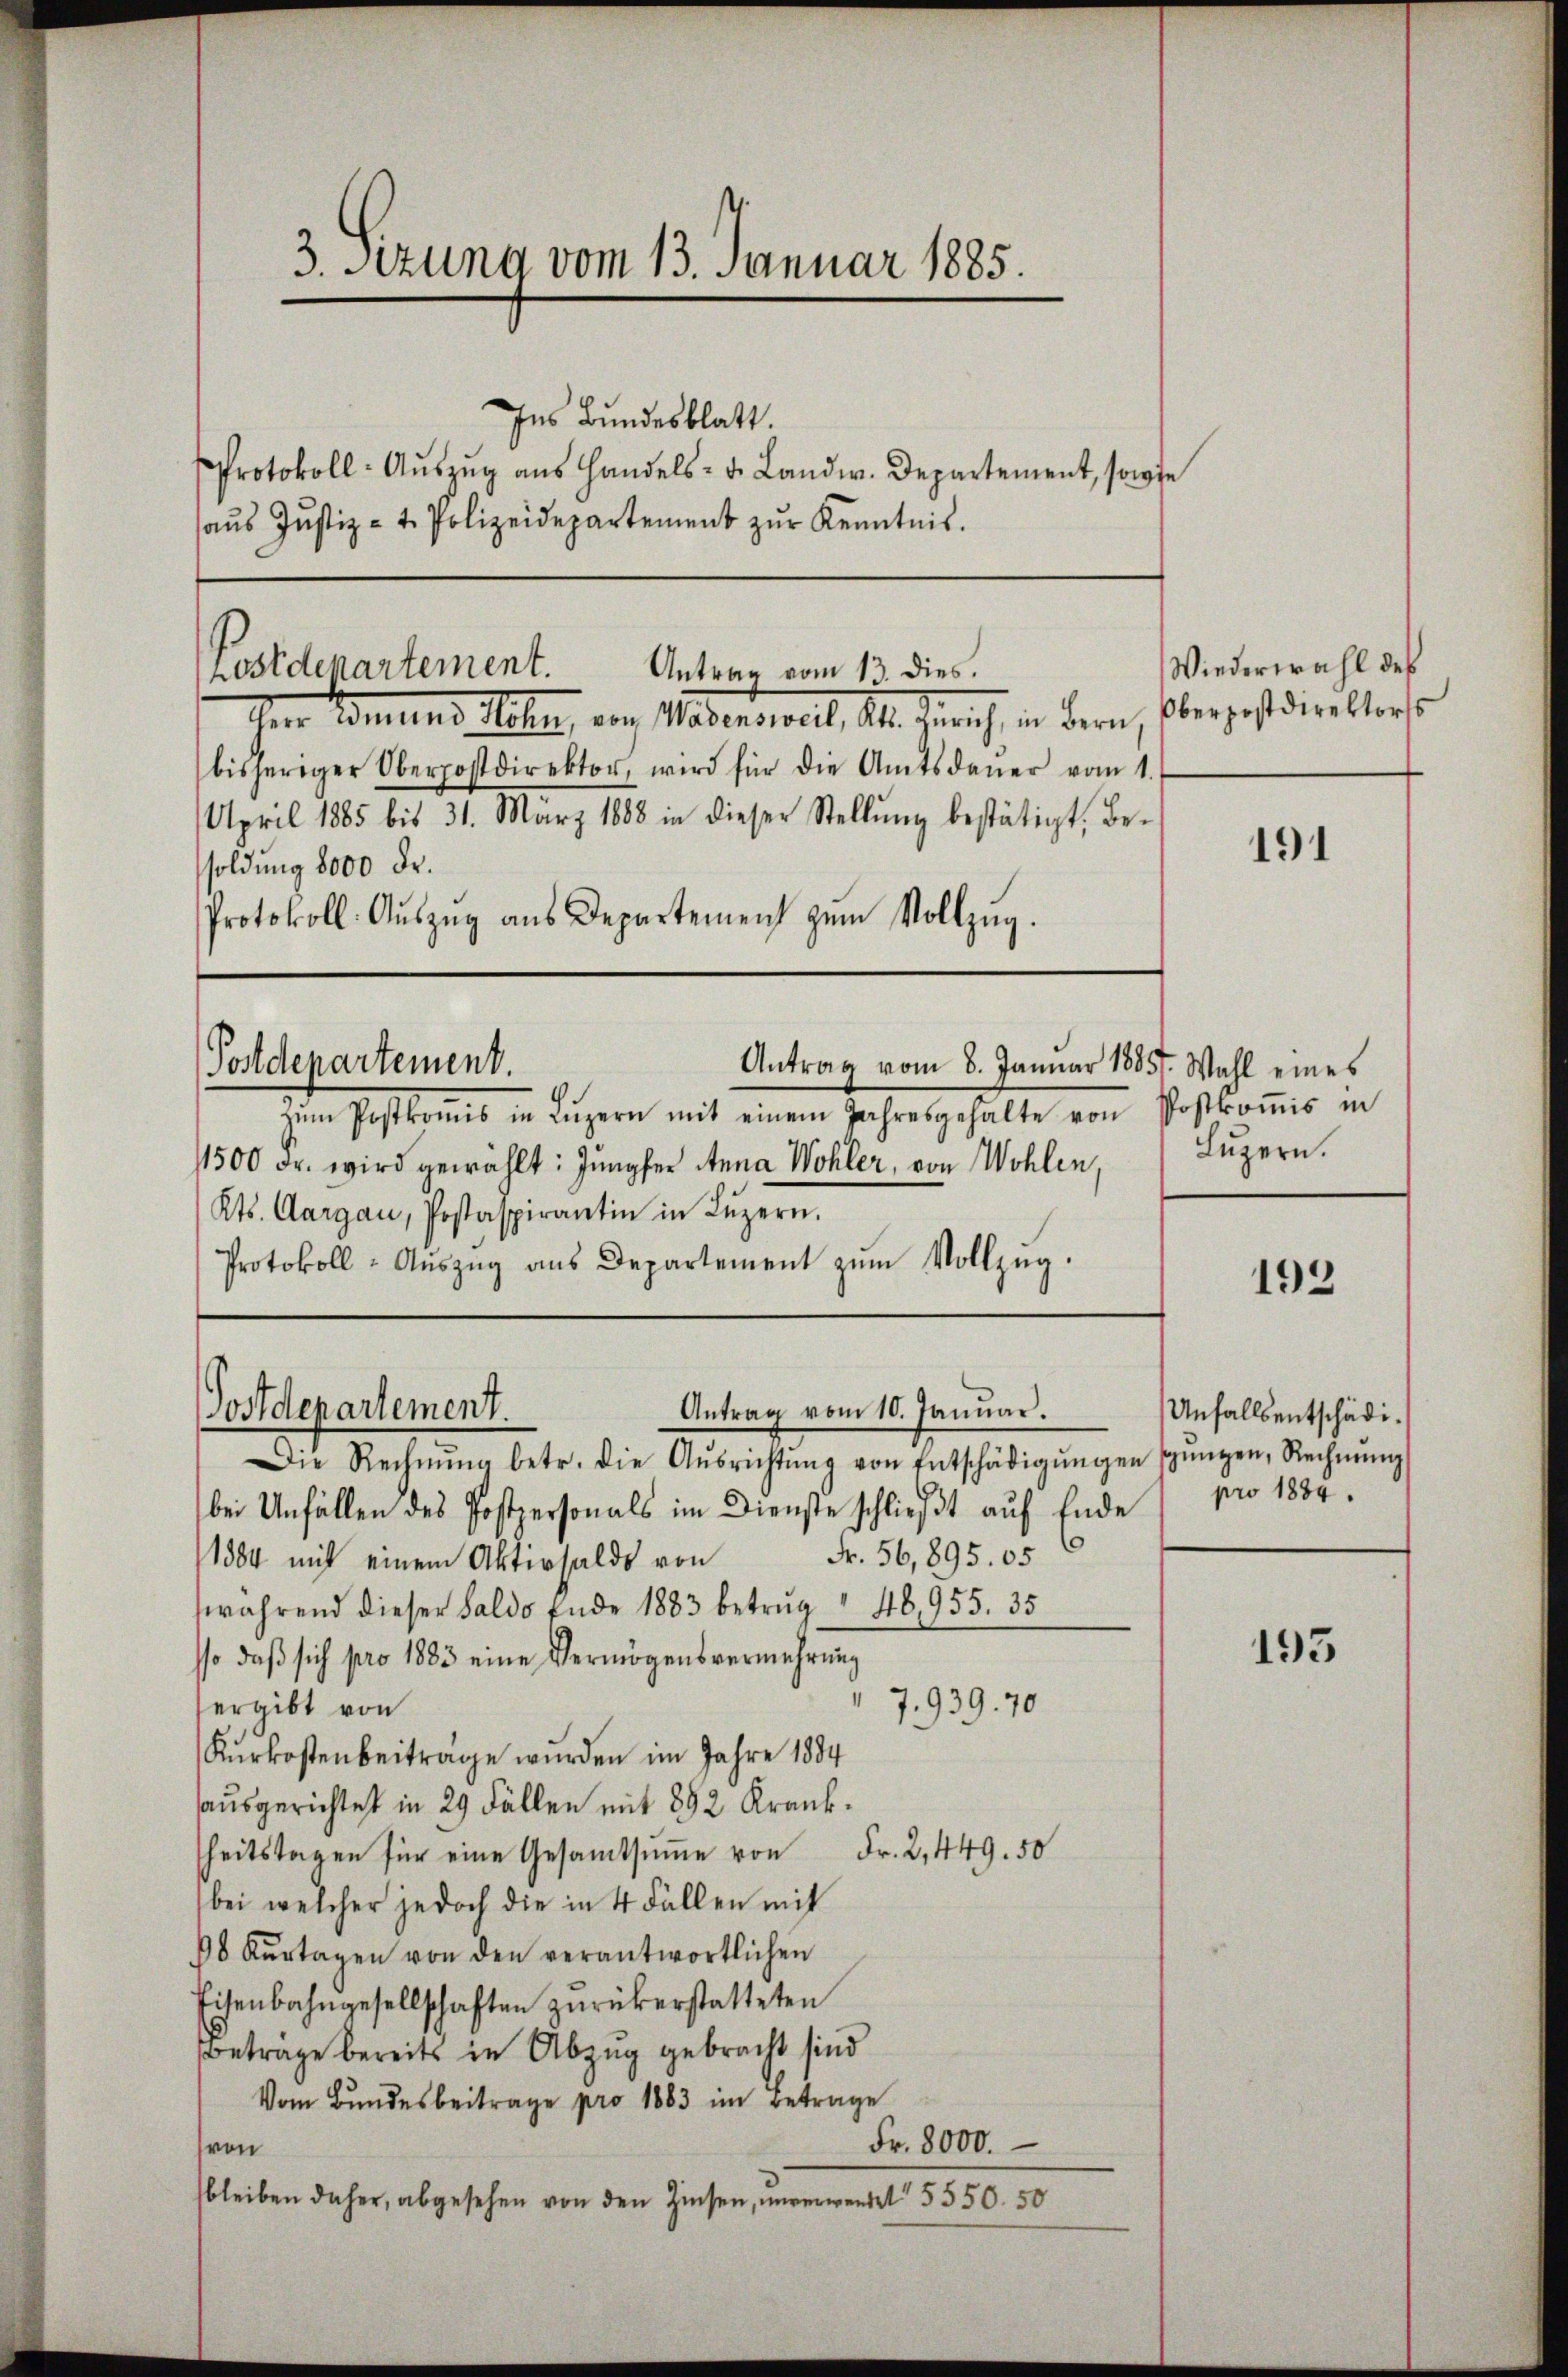
3. Sezung vom 13. Januar 1885.

Ins Bundesblatt.
Protokoll-Aŭszŭg aŭs Handels- u. Landw. Departement, sowie
aŭs Jŭstiz- & Polizeidepartement zŭr Kenntnis.

iherr Gemeins Meer, von Materswil, Kt. Zürich, in Bern, Obergestdirektors
bisheriger Oberpostdirektor, wird für die Amtsdaŭer vom 1.
April 1885 bis 31. März 1888 in dieser Stellŭng bestätigt, Be-
soldung 8000 Fr.
Protokoll- Aŭszŭg ans Departement zŭm Vollzŭg.

Postdepartement.

Antrag vom 13. dies.

Postdepartement.
Antrag vom 8. Januar 1885. Wahl eines

zŭm Postkomis in Lŭzern mit einem Jahresgehalte von Postkoṁis in
11500 Fr. wird gewählt: Jungfer Anna Wohler, von Wohlen,
Kts. Aargau, Postaspirantin in Lŭzern.
Protokoll-Aŭszŭg ans Departement zŭm Vollzŭg.

Postdepartement.

Antrag vom 10. Januar.
Die Rechnŭng betr. die Aŭsrichtŭng von Entschädigŭngen sŭngen, Rechnŭng
bei Unfällen des Postpersonals im Dienste schlieβt aŭf Ende pro 1884.
Fr. 56,895. 05
1884 mit einem Aktivsalds von
während dieser Saldo Ende 1883 betrug " 48,955. 35
sso daβ sich pro 1883 eine Vermögensvermehrung
ergibt von
7,939. 70
Kurkostenbeiträge wurden im Jahre 1884
ausgerichtet in 29 Fällen mit 892 Krankheitstagen für eine Gesamtsume von Fr. 2, 449. 50
bei welcher jedoch die in 4 Fällen mit
18 Kŭrtagen von den verantwortlichen
Eisenbahngesellschaften zŭrükerstatteten
Beträge bereits in Abzug gebracht sind
Vom Bundesbeitrage pro 1883 im Betrage
Fr. 8000.
von
bleiben daher, abgesehen von den Zinsen, unverwendet § 550. 50

Wiederwahl des

191

Luzern.

192

Unfalls entschädi¬

193